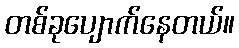
တစ်ခုပျောက်နေတယ်။